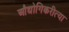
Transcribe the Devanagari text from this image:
औद्योगिकरीत्या